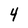
Character: 4